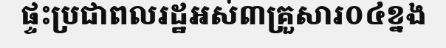
ផ្ទះប្រជាពលរដ្ឋអស់៣គ្រួសារ០៤ខ្នង